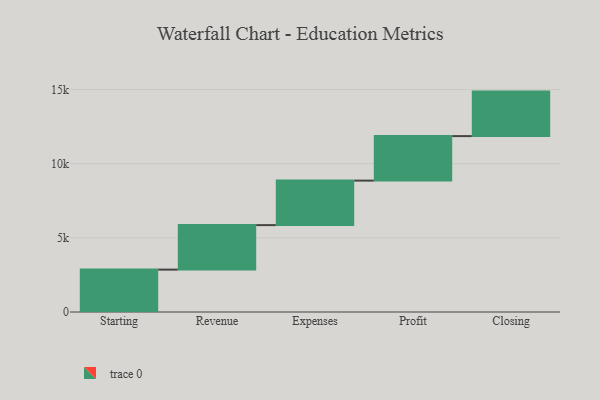
{"axis": {"x": "Step", "y": "Value"}, "legend": [""], "data": [{"x": "Starting", "y": 2857.0, "type": ""}, {"x": "Revenue", "y": 3000, "type": ""}, {"x": "Expenses", "y": 3000, "type": ""}, {"x": "Profit", "y": 3000, "type": ""}, {"x": "Closing", "y": 3000, "type": ""}]}